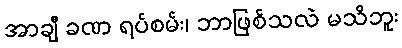
အာချီ ခဏ ရပ်စမ်း၊ ဘာဖြစ်သလဲ မသိဘူး